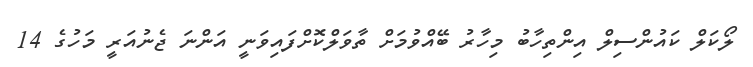
ލޯކަލް ކައުންސިލް އިންތިހާބު މިހާރު ބޭއްވުމަށް ތާވަލްކޮށްފައިވަނީ އަންނަ ޖެނުއަރީ މަހުގެ 14